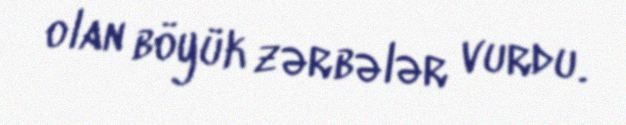
olan böyük zərbələr vurdu.